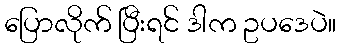
ပြောလိုက် ပြီးရင် ဒါက ဥပဒေပဲ။